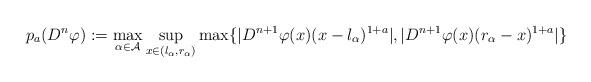
LaTeX: \begin{align*}p_{a}(D^{n}\varphi):= \max_{\alpha\in\mathcal{A}}\sup_{x\in(l_\alpha,r_\alpha)}\max\{|D^{n+1}\varphi(x)(x-l_\alpha)^{1+a}|,|D^{n+1}\varphi(x)(r_\alpha-x)^{1+a}|\}\end{align*}